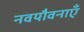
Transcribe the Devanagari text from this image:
नवयौवनाएँ